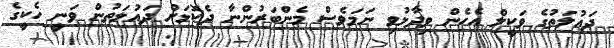
ދައުލަތުގެ ވަކީލް އެހެން ވިދާޅުވި ނަމަވެސް މެންބަރުންނާ ދެކޮޅަށް ދައުލަތުން ވަނީ ހެކީގެ